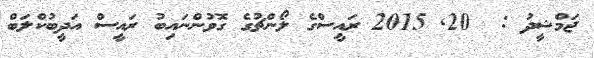
ޖަމްޝީދު :  20